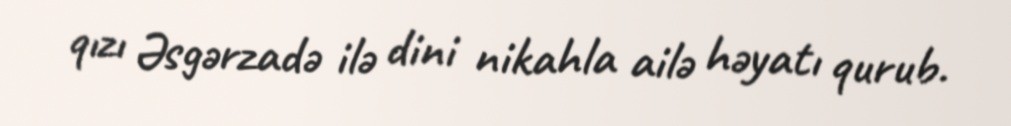
qızı Əsgərzadə ilə dini nikahla ailə həyatı qurub.